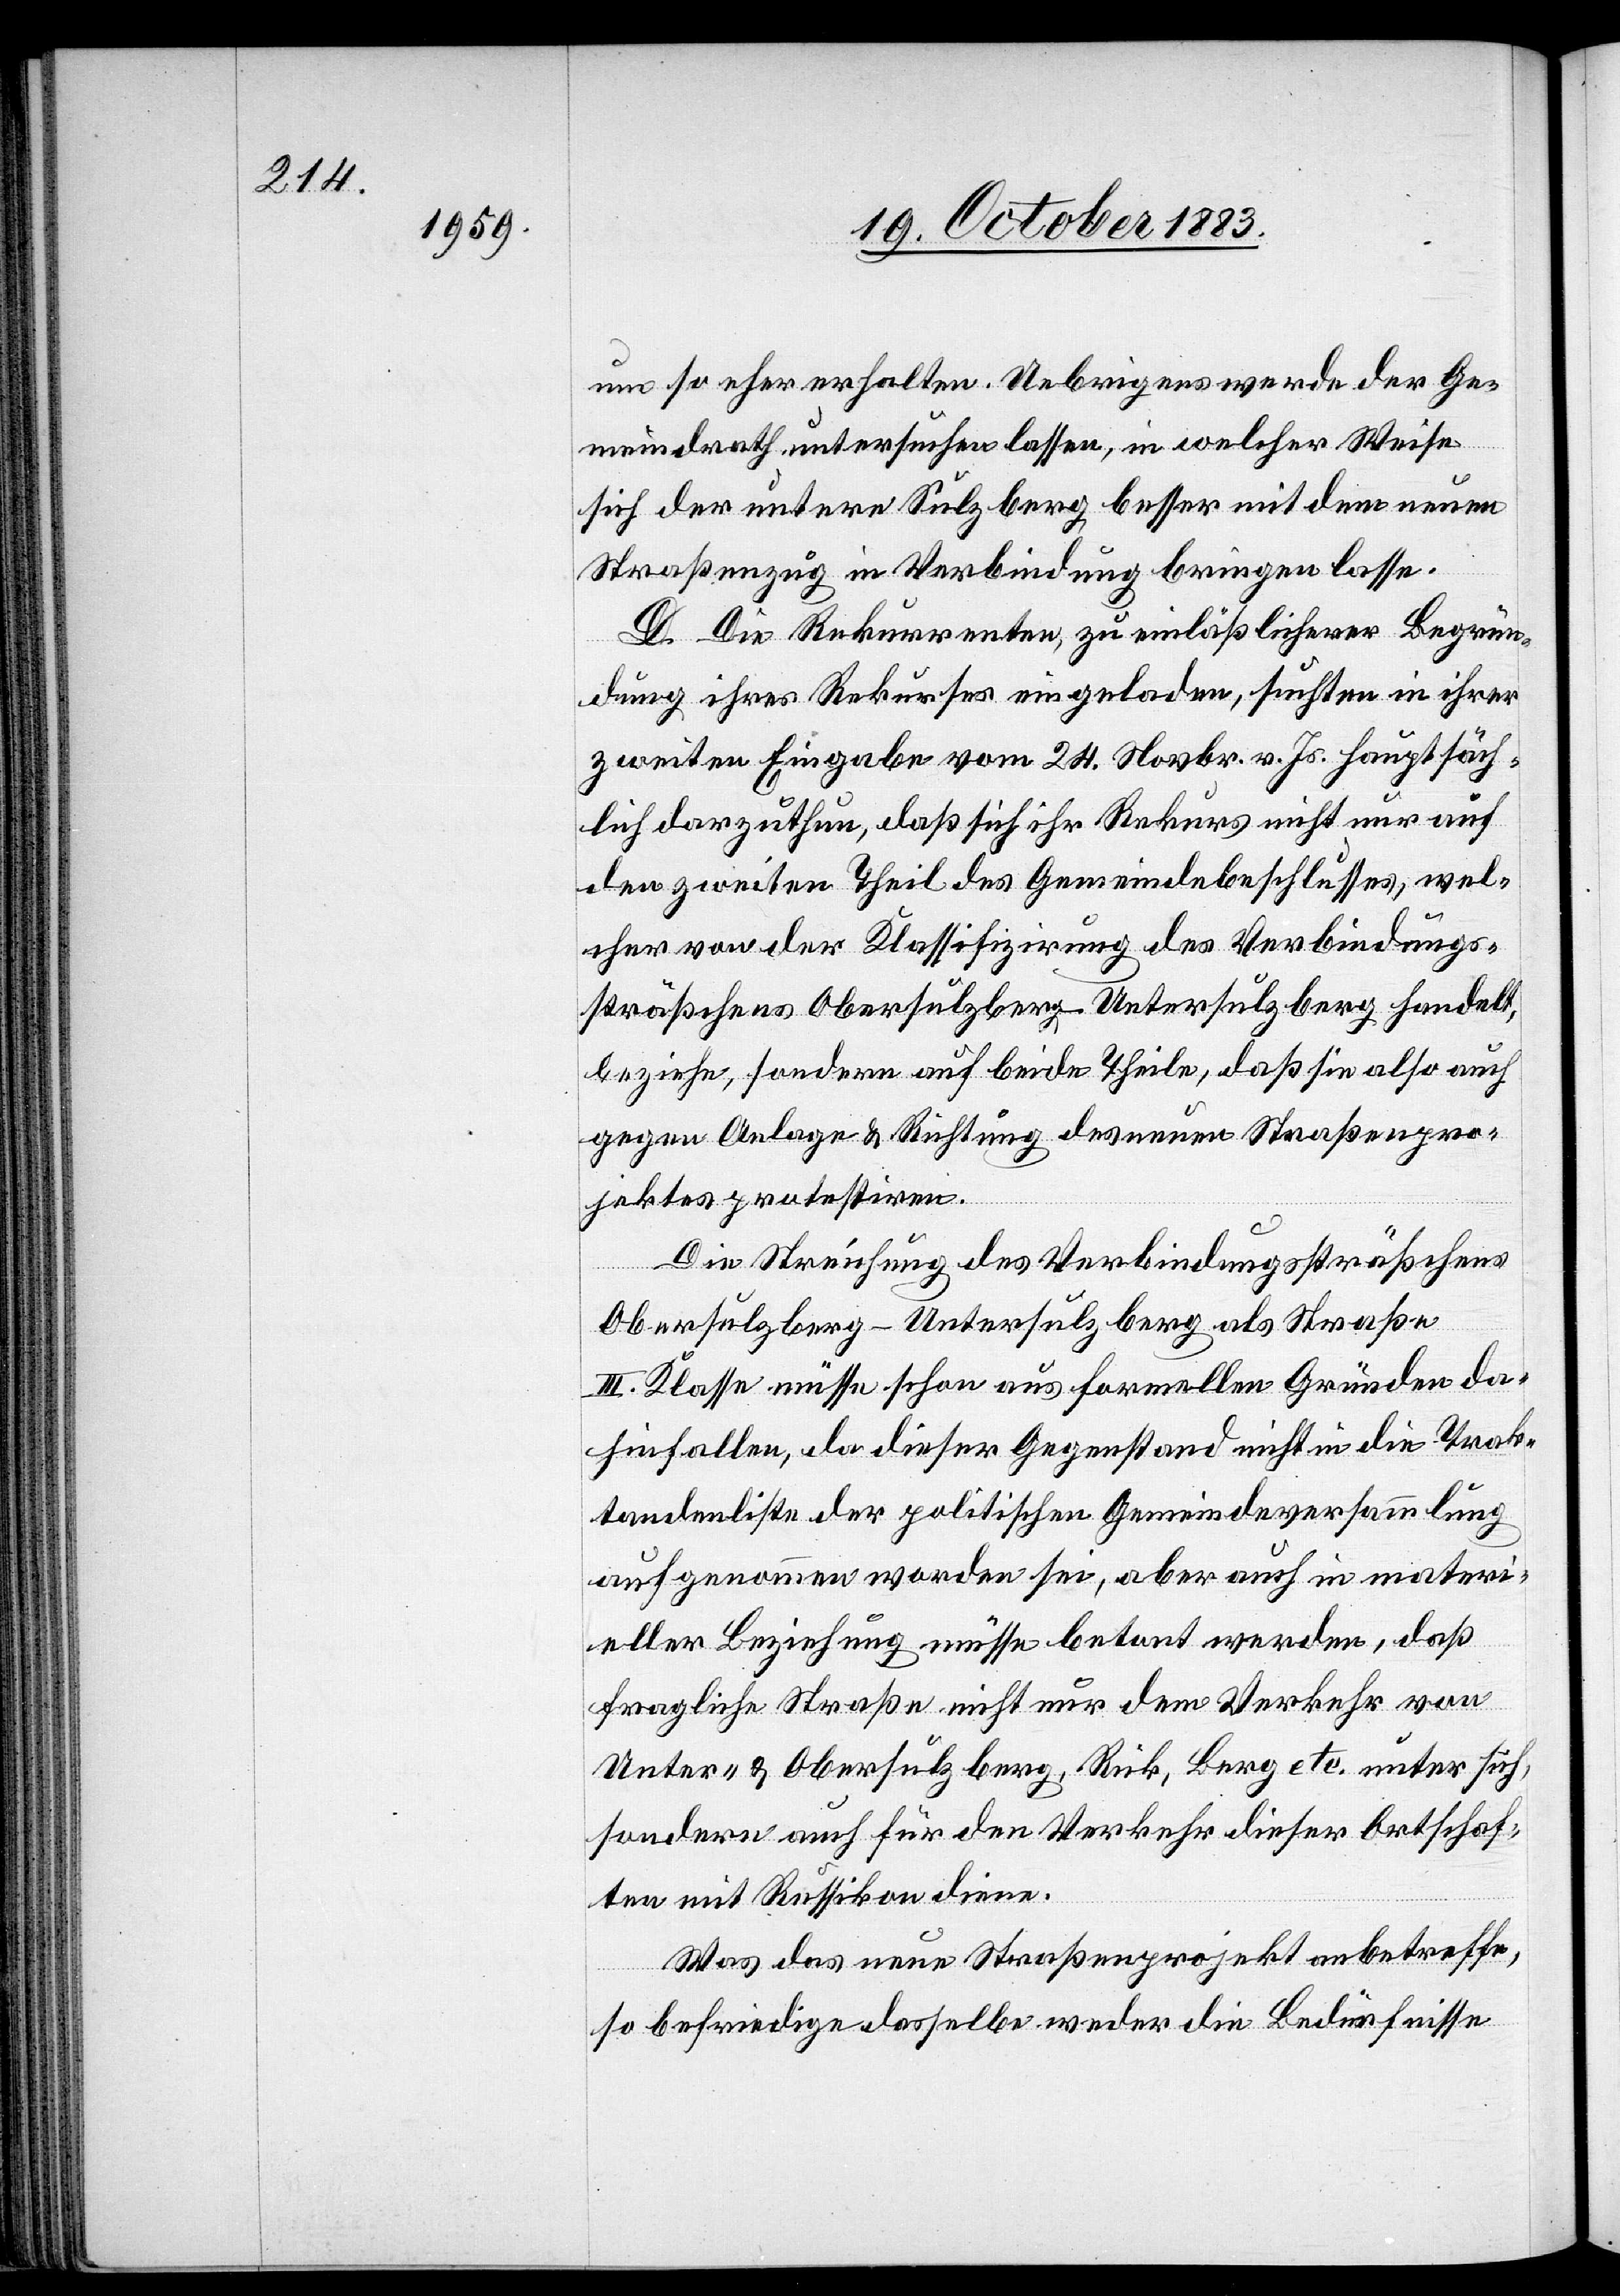
um so eher erhalten. Uebrigens werde der Ge¬
meindrath untersuchen lassen, in welcher Weise
sich der untere Sulzberg besser mit dem neuen
Straßenzug in Verbindung bringen lasse.
D. Die Rekurrenten, zu einläßlicher Begrün¬
dung ihres Rekurses eingeladen, suchten in ihrer
zweiten Eingabe vom 24. Novbr. v. Js. hauptsäch¬
lich darzuthun, daß sich ihr Rekurs nicht nur auf
den zweiten Theil des Gemeindebeschlusses, wel¬
cher von der Klassifizirung des Verbindungs¬
sträßchens Obersulzberg–Untersulzberg handelt,
beziehe, sondern auf beide Theile, daß sie also auch
gegen Anlage & Richtung des neuen Straßenpro¬
jektes protestiren.
Die Streichung des Verbindungssträßchens
Obersulzberg–Untersulzberg als Straße
III. Klasse müsse schon aus formellen Gründen da¬
hinfallen, da dieser Gegenstand nicht in die Trak¬
tandenliste der politischen Gemeindeversammlung
aufgenommen worden sei, aber auch in materi¬
eller Beziehung müsse betont werden, daß
fragliche Straße nicht nur dem Verkehr von
Unter- & Obersulzberg, Rick, Berg etc. unter sich,
sondern auch für den Verkehr dieser Ortschaf¬
ten mit Russikon diene.
Was das neue Straßenprojekt anbetreffe,
so befriedige dasselbe weder die Bedürfnisse